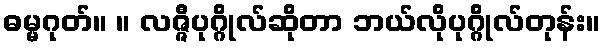
ဓမ္မဂုတ်။ ။ လဇ္ဇီပုဂ္ဂိုလ်ဆိုတာ ဘယ်လိုပုဂ္ဂိုလ်တုန်း။